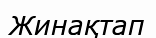
Жинақтап